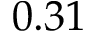
0 . 3 1